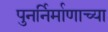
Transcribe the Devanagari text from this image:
पुनर्निर्माणाच्या